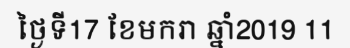
ថ្ងៃទី17 ខែមករា ឆ្នាំ2019 11